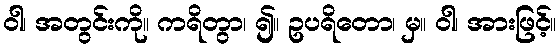
ဝါ၊ အတွင်းကို။ ကရိတွာ၊ ၍။ ဥပရိတော၊ မှ။ ဝါ၊ အားဖြင့်။